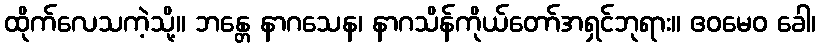
ထိုက်လေသကဲ့သို့။ ဘန္တေ နာဂသေန၊ နာဂသိန်ကိုယ်တော်အရှင်ဘုရား။ ဧဝမေဝ ခေါ၊